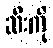
ဆီးကို